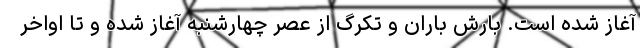
آغاز شده است. بارش باران و تکرگ از عصر چهارشنبه آغاز شده و تا اواخر